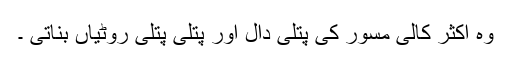
وہ اکثر کالی مسور کی پتلی دال اور پتلی پتلی روٹیاں بناتی ۔